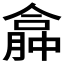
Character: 𠎏